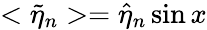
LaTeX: <\tilde{\eta}_{n}>=\hat{\eta}_{n}\sin{x}